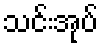
သင်းအုပ်